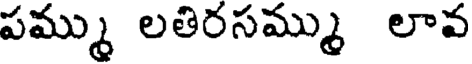
పమ్ము లతిరసమ్ము లావ